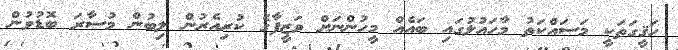
ހަޤީގަތަކީ މަސައްކަތު މާހައުލުގައި ބައެއް މީހުންނަށް ވަޒީފާގެ ކުރިއެރުން ލިބުން މުސާރަ ބޮޑުވުން